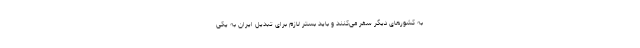
به کشورهای دیگر سفر می‌کنند و باید بستر لازم برای تبدیل ایران به یکی